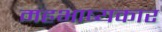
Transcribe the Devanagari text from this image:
महभाष्यकार